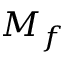
M _ { f }